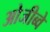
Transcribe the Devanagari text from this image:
ओजीब्वे